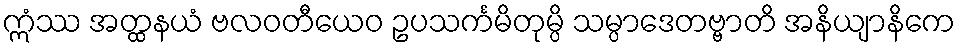
ဣံဿ အတ္ထနယံ ဗလဝတီယေဝ ဥပသင်္ကမိတုမ္ပိ သမ္ပာဒေတဗ္ဗာတိ အနိယျာနိကေ